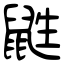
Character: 鼪